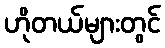
ဟိုတယ်များတွင်